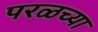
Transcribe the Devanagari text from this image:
परळच्या